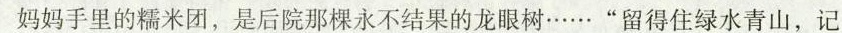
妈妈手里的糯米团，是后院那棵永不结果的龙眼树……”留得住绿水青山，记